Report of the veterinary officer investigating camel disease
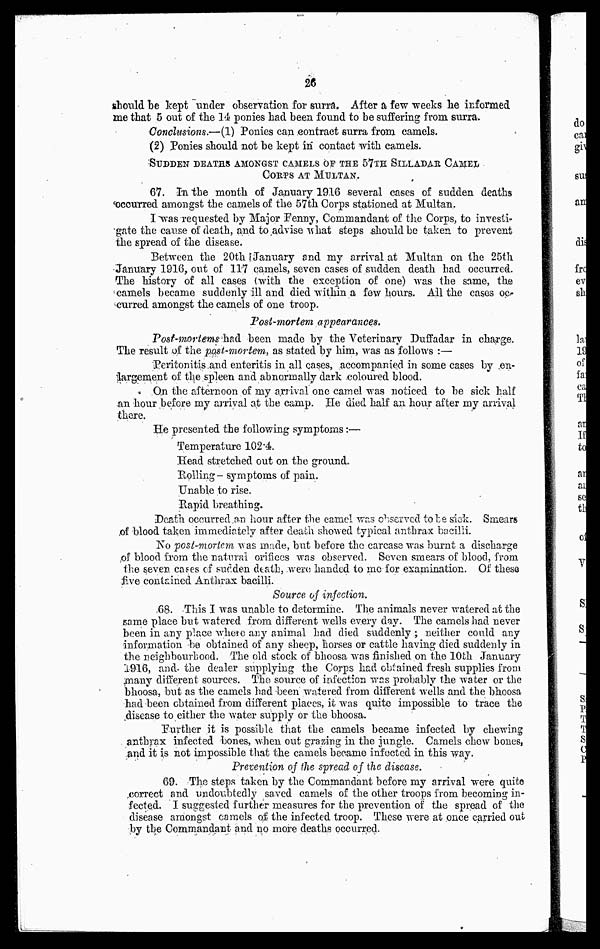
26
should be kept under observation for surra. After a few weeks be informed
me that 5 out of the 14 ponies had been found to be suffering from surra.
Conclusions.—(1) Ponies can contract surra from camels.
(2) Ponies should not be kept in contact with camels.
SUDDEN DEATHS AMONGST CAMELS OF THE 57TH SILLADAR CAMEL
CORPS AT MULTAN.
67. In the month of January 1916 several cases of sudden deaths
occurred amongst the camels of the 57th Corps stationed at Multan.
I was requested by Major Fenny, Commandant of the Corps, to invest-
gate the cause of death, and to advise what steps should be taken to prevent
the spread of the disease.
Between the 20th [January and my arrival at Multan on the 25th
January 1916, out of 117 camels, seven cases of sudden death had occurred.
The history of all cases (with the exception of one) was the same, the
camels became suddenly ill and died within a few hours. All the cases oc-
curred amongst the camels of one troop.
Post-mortem appearances.
Post-mortems had been made by the Veterinary Duffadar in charge.
The result of the post-mortem, as stated by him, was as follows :—
Peritonitis and enteritis in all cases, accompanied in some cases by en-
largement of the spleen and abnormally dark coloured blood.
On the afternoon of my arrival one camel was noticed to be sick half
an hour before my arrival at the camp. He died half an hour after my arrival
there.
He presented the following symptoms:—
Temperature 102.4.
Head stretched out on the ground.
Rolling- symptoms of pain.
Unable to rise.
Rapid breathing.
Death occurred an hour after the camel was observed to he sick. Smears
of blood taken immediately after death showed typical anthrax bacilli.
No post-mortem was made, but before the carcase was burnt a discharge
of blood from the natural orifices was observed. Seven smears of blood, from
the seven cases of sudden death, were handed to me for examination. Of these
five contained Anthrax bacilli.
Source of injection.
68. This I was unable to determine. The animals never watered at the
same place but watered from different wells every day. The camels had never
been in any place where any animal had died suddenly.; neither could any
information be obtained of any sheep, horses or cattle having died suddenly in
the neighbourhood. The old stock of bhoosa was finished on the 10th January
1916, and. the dealer supplying the Corps had obtained fresh supplies from
many different sources. The source of infection was probably the water or the
bhoosa, but as the camels had been watered from different wells and the bhoosa
had been obtained from different places, it was quite impossible to trace the
disease to either the water supply or the bhoosa.
Further it is possible that the camels became infected by chewing
anthrax infected bones, when out grazing in the jungle. Camels chew bones,
and it is not impossible that the camels became infected in this way.
Prevention of the spread of the disease.
69. The steps taken by the Commandant before my arrival were quite
correct and undoubtedly saved camels of the other troops from becoming in-
fected. I suggested further measures for the prevention of the spread of the
disease amongst camels of the infected troop. These were at once carried out
by the Commandant and no more deaths occurred.